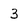
Character: 3